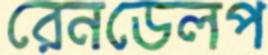
রেনডেলপ